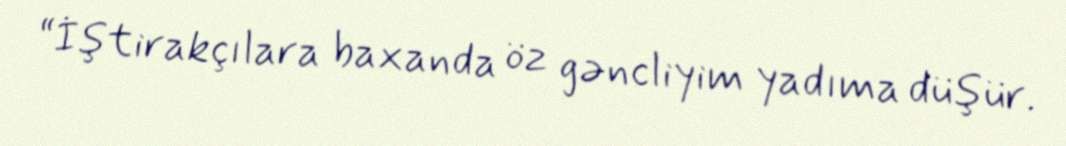
“İştirakçılara baxanda öz gəncliyim yadıma düşür.